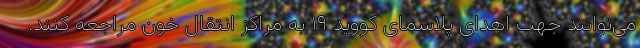
می‌توانند جهت اهدای پلاسمای کووید ۱۹ به مراکز انتقال خون مراجعه کنند.